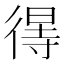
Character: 𢔽